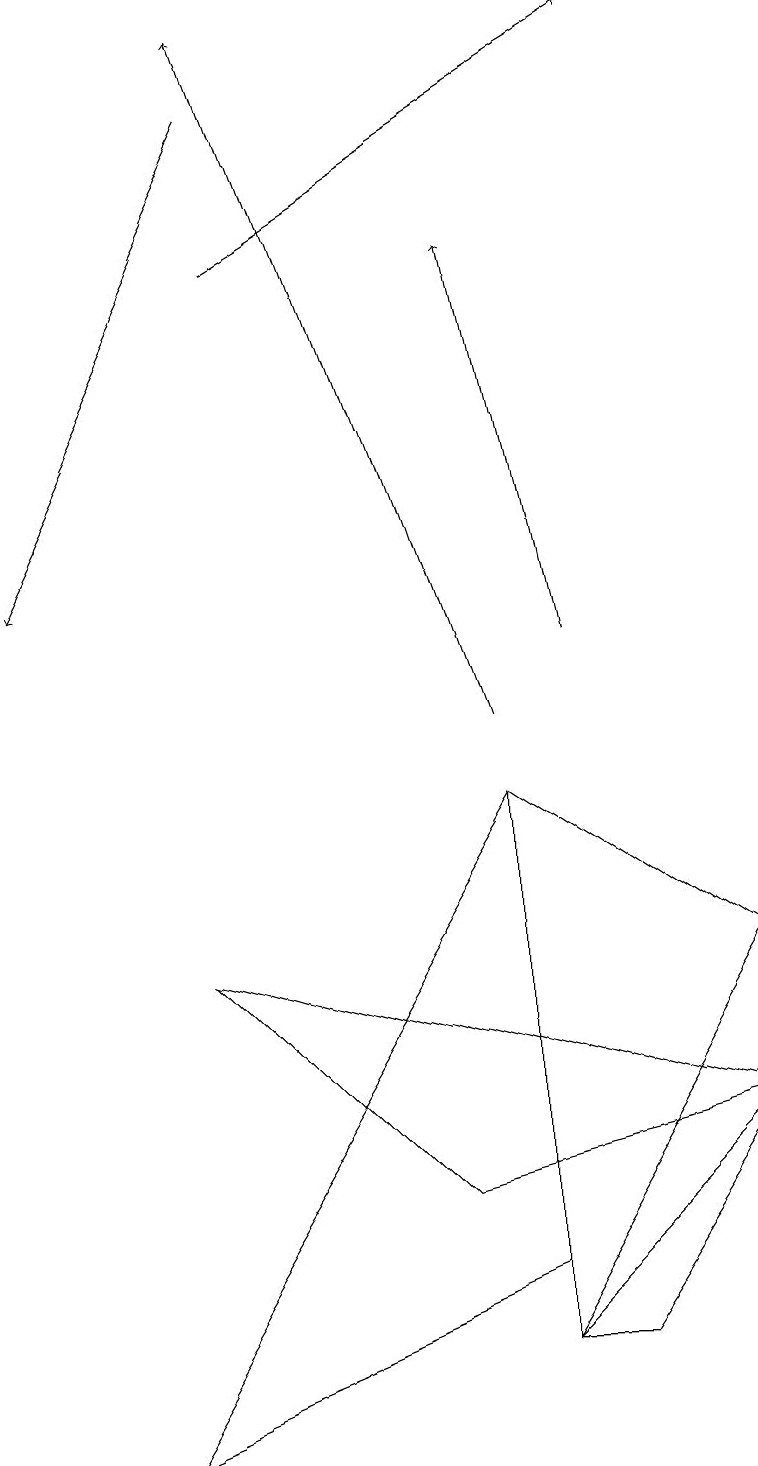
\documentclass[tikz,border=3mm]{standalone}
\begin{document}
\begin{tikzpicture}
\draw (1,1) -- (6,3) -- (6,9) -- cycle;
\draw (9,5) -- (6,2) -- (7,2) -- cycle;
\draw (5,4) -- (2,7) -- (9,5) -- cycle;
\draw[->] (7,11) -- (6,16);
\draw[->] (3,16) -- (8,19);
\draw[->] (6,10) -- (3,19);
\draw (9,7) -- (6,9) -- (6,2) -- cycle;
\draw[->] (3,18) -- (0,12);
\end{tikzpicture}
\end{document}